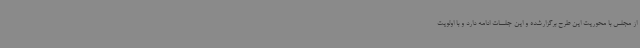
از مجلس با محوریت این طرح برگزارشده و این جلسات ادامه دارد و با اولویت